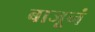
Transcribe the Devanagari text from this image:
बाजूनं